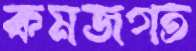
কমজগত